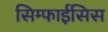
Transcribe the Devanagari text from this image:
सिम्फाईसिस